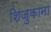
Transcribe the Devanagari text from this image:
शिजुकाना